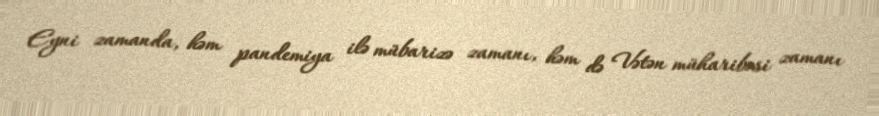
Eyni zamanda, həm pandemiya ilə mübarizə zamanı, həm də Vətən müharibəsi zamanı